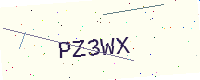
Text: PZ3WX